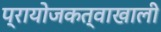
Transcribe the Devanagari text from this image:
प्रायोजकत्वाखाली